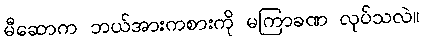
မီဆောက ဘယ်အားကစားကို မကြာခဏ လုပ်သလဲ။